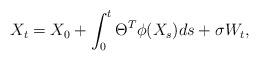
LaTeX: \begin{align*}X_t = X_0 + \int_0^t \Theta^T \phi(X_s) ds + \sigma W_t, \end{align*}